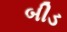
બીડ